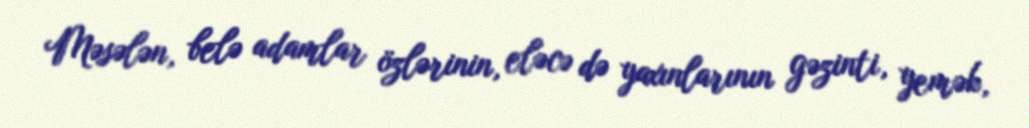
Məsələn, belə adamlar özlərinin, eləcə də yaxınlarının gəzinti, yemək,